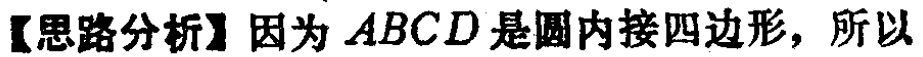
【思路分析】因为 \(ABCD\) 是圆内接四边形，所以